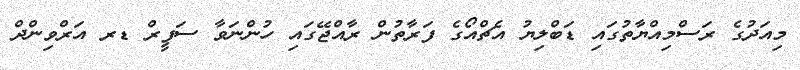
މިއަދުގެ ރަސްމިއްޔާތުގައި ޑަބްލިޔު އެޗްއޯގެ ފަރާތުން ރާއްޖޭގައި ހުންނަވާ ސަފީރް ޑރ އަރްވިންދް